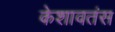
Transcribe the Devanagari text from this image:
केशावतंस